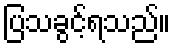
ပြသခွင့်ရသည်။